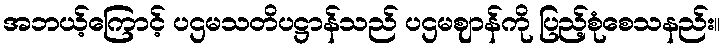
အဘယ့်ကြောင့် ပဌမသတိပဋ္ဌာန်သည် ပဌမဈာန်ကို ပြည့်စုံစေသနည်း။